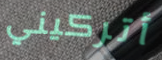
أتركيني